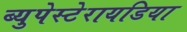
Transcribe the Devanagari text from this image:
ब्युपेस्टेरायडिया